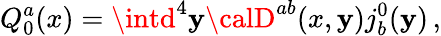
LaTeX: Q_{0}^{a}(x)=\intd^{4}\mathbf{y}{\calD}^{ab}(x,\mathbf{y})j_{b}^{0}(\mathbf{y})\, ,